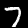
Label: 7